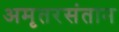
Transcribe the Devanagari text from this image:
अमृतरसंतान